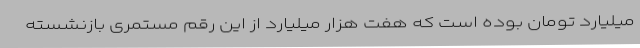
میلیارد تومان بوده است که هفت هزار میلیارد از این رقم مستمری بازنشسته